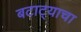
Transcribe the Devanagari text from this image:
बटाट्याचा